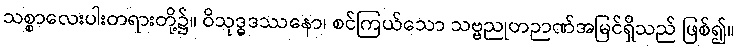
သစ္စာလေးပါးတရားတို့၌။ ဝိသုဒ္ဓဒဿနော၊ စင်ကြယ်သော သဗ္ဗညုတဉာဏ်အမြင်ရှိသည် ဖြစ်၍။